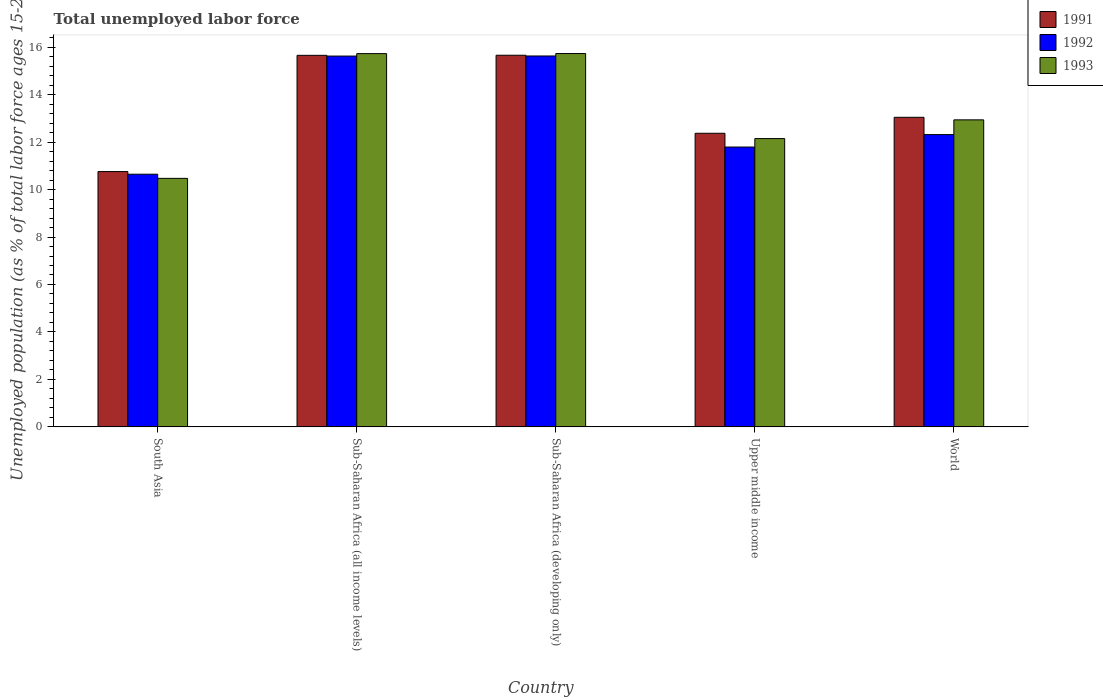
| Country | 1991 | 1992 | 1993 |
 | --- | --- | --- | --- |
 | South Asia | 10.8 | 10.6 | 10.5 |
 | Sub-Saharan Africa (all income levels) | 15.7 | 15.6 | 15.7 |
 | Sub-Saharan Africa (developing only) | 15.7 | 15.6 | 15.7 |
 | Upper middle income | 12.4 | 11.8 | 12.1 |
 | World | 13 | 12.3 | 12.9 |